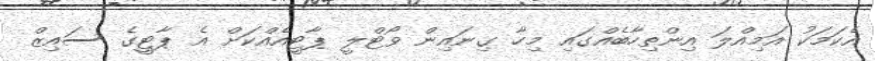
އެކަމަކު އަމިއްލަ އިންތިހާބެއްގައި މިހާ ގިނައިން ވޯޓްލީ ޕާޓީއެއްކަށް އެ ޕާޓީގެ ސައިޒް